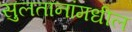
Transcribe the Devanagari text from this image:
सुलतानांमधील